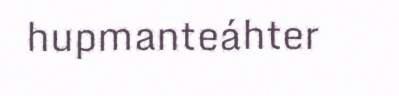
hupmanteáhter